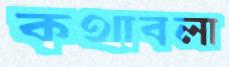
কথাবলা